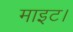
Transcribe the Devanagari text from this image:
माइट।